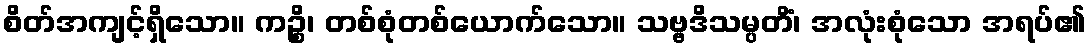
စိတ်အကျင့်ရှိသော။ ကဉ္စိ၊ တစ်စုံတစ်ယောက်သော။ သဗ္ဗဒိသမ္ပတိံ၊ အလုံးစုံသော အရပ်၏